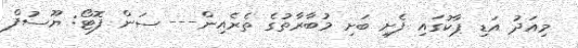
މިއަދު އަޑި ޕާކުގައި ފެށި ބަށި މުބާރާތުގެ ތެރެއިން--- ސަން ފޮޓޯ: ޔޫސުފް